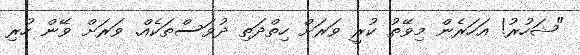
"ޝަހުރު! އަހަރެން މިވޭތު ކުރީ ވަރަށް ހިތްދަތި ދުވަސްތަކެއް. ވަރަށް ވޭން ހުރި